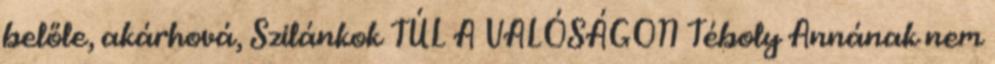
belőle, akárhová, Szilánkok TÚL A VALÓSÁGON Téboly Annának nem